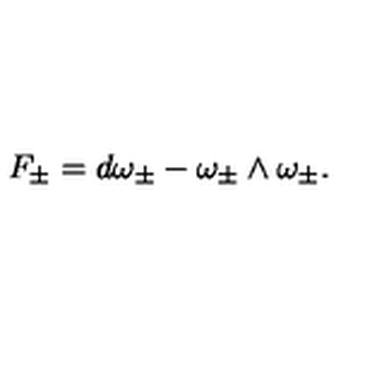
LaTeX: F _ { \pm } = d \omega _ { \pm } - \omega _ { \pm } \wedge \omega _ { \pm } .